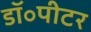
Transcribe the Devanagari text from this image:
डॉ॰पीटर